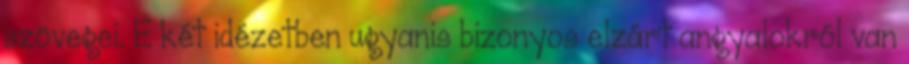
szövegei. E két idézetben ugyanis bizonyos elzárt angyalokról van